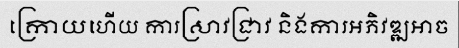
ក្រោយហើយ ការស្រាវជ្រាវ និងការអភិវឌ្ឍអាច